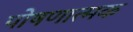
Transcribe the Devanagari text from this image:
पोषणात्मक